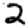
Digit: 2